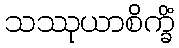
သဿုယာစိက္ခိံ